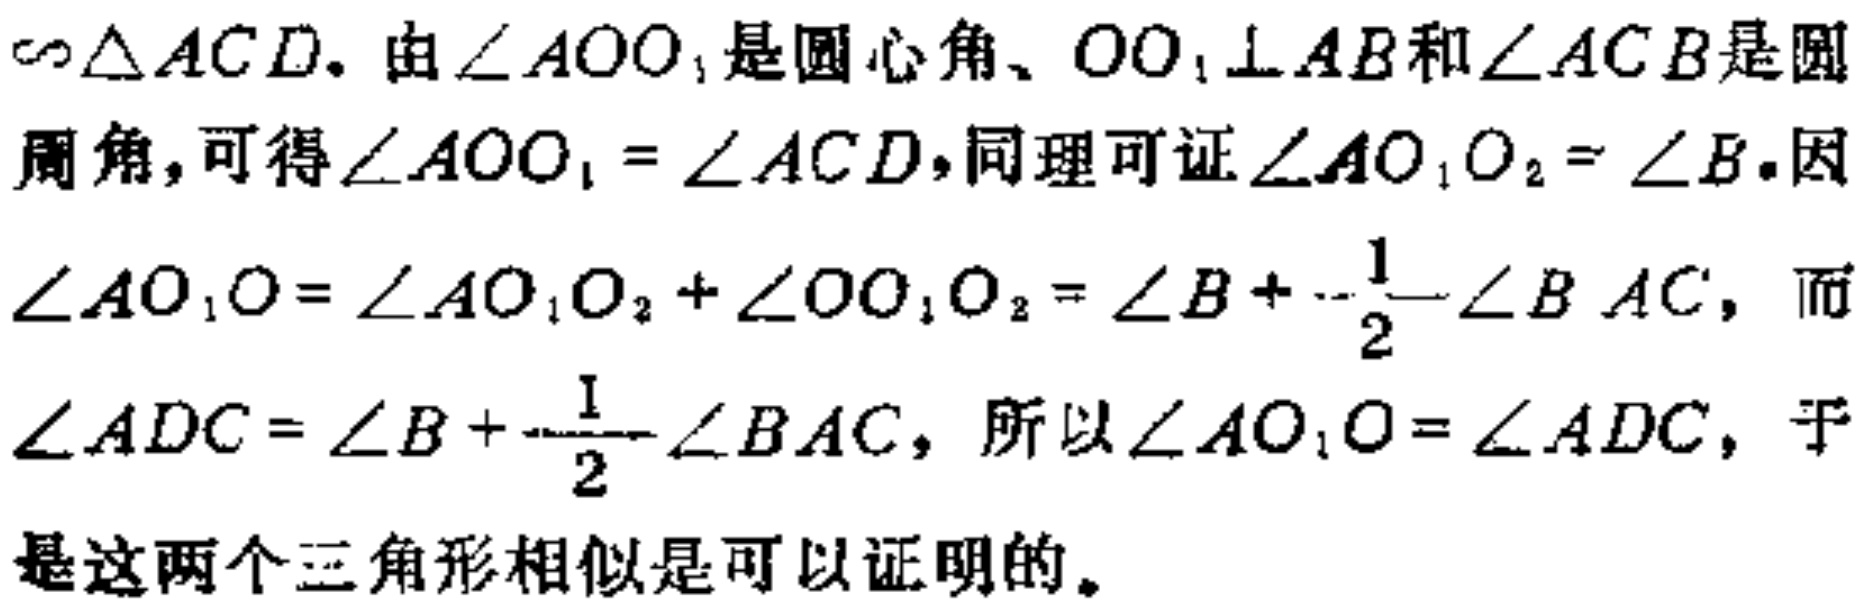
$\triangle ACD$. 由$\angle AOO_{1}$是圆心角、$OO_{1}\perp AB$和$\angle ACB$是圆周角, 可得$\angle AOO_{1}=\angle ACD$, 同理可证$\angle AO_{1}O_{2}=\angle B$. 因$\angle AO_{1}O=\angle AO_{1}O_{2}+\angle OO_{1}O_{2}=\angle B + \frac{1}{2}\angle BAC$, 而$\angle ADC=\angle B+\frac{1}{2}\angle BAC$, 所以$\angle AO_{1}O=\angle ADC$, 于是这两个三角形相似是可以证明的。